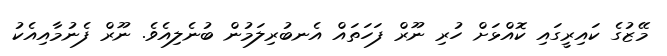
މޭޒުގެ ކައިރީގައި ކޮއްޅަށް ހުރި ނޫރް ފަހަތައް އެނބުރިލަމުން ބުނެލިއެވެ. ނޫރް ފެނުމާއިއެކު